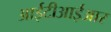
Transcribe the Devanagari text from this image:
आईटीआईआर